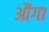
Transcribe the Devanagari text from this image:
औंगा